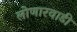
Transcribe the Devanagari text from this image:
लोणारवाडी